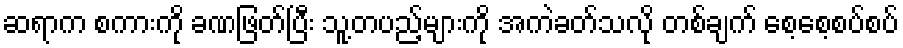
ဆရာက စကားကို ခဏဖြတ်ပြီး သူ့တပည့်များကို အကဲခတ်သလို တစ်ချက် စေ့စေ့စပ်စပ်